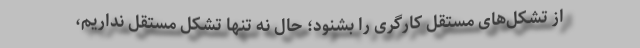
از تشکل‌های مستقل کارگری را بشنود؛ حال نه تنها تشکل مستقل نداریم،